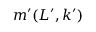
m ^ { \prime } ( L ^ { \prime } , k ^ { \prime } )